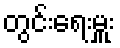
တွင်းရေးမှူး